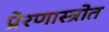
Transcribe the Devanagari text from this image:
प्रेरणास्‍त्रोत